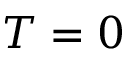
T = 0